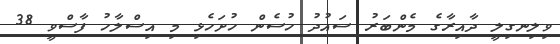
ވިލިނގިލީ ދާއިރާގެ މެންބަރު ސައުދު ހުސެން ހުށަހެޅި މި އިސްލާހު ފާސްވީ 38